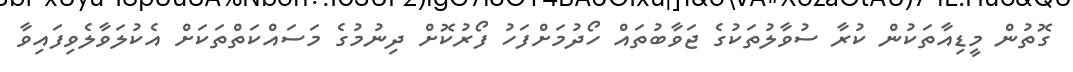
ގޮތުން މީޑިއާތަކުން ކުރާ ސުވާލުތަކުގެ ޖަވާބުތައް ހޯދުމަށްފަހު ފޯރުކޮށް ދިނުމުގެ މަސައްކަތްތަކަށް އެކުލަވާލެވިފައިވާ